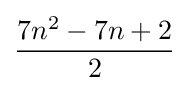
{7n^{2}-7n+2} \over 2